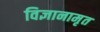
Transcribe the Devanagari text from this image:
विज्ञानामृत